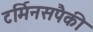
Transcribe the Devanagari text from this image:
टर्मिनसपैकी